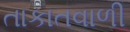
તાકાતવાળી